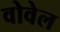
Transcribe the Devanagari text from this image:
वोवेल